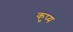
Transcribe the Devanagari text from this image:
कुप्य